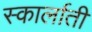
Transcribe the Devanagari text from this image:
स्कार्लाती